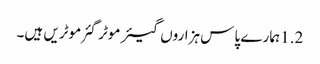
1.2 ہمارے پاس ہزاروں گیئر موٹر گئر موٹریں ہیں۔